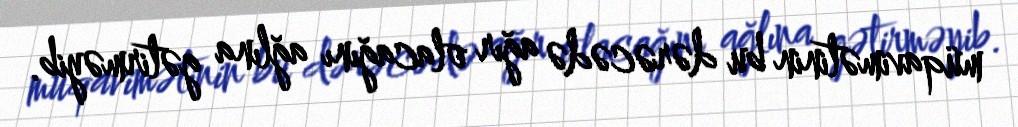
müqavimətinin bu dərəcədə ağır olacağını ağlına gətirməyib.